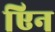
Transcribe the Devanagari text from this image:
एिन